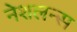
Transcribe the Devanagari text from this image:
नेशलन्स